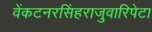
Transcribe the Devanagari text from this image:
वेंकटनरसिंहराजुवारिपेटा